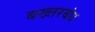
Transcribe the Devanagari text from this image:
बख्तरबंध